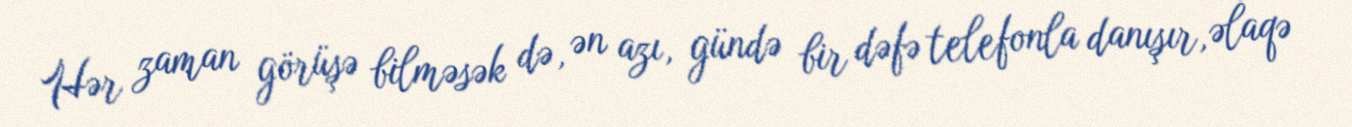
Hər zaman görüşə bilməsək də, ən azı, gündə bir dəfə telefonla danışır, əlaqə